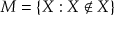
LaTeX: M = \{ X : X \not \in X \}